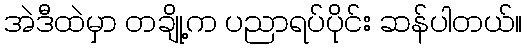
အဲဒီထဲမှာ တချို့က ပညာရပ်ပိုင်း ဆန်ပါတယ်။